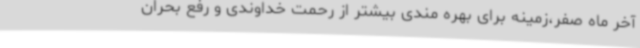
آخر ماه صفر،زمینه برای بهره مندی بیشتر از رحمت خداوندی و رفع بحران